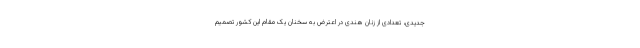
جدیدی، تعدادی از زنان هندی در اعترض به سخنان یک مقام این کشور تصمیم